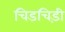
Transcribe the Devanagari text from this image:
चिडचिड़ी